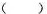
( )